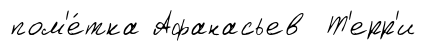
пом'е́тка Афанасьев Т'ерр'и